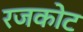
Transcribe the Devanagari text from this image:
रजकोट